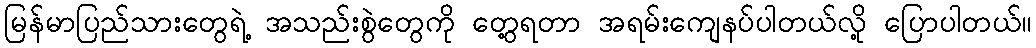
မြန်မာပြည်သားတွေရဲ့ အသည်းစွဲတွေကို တွေ့ရတာ အရမ်းကျေနပ်ပါတယ်လို့ ပြောပါတယ်။